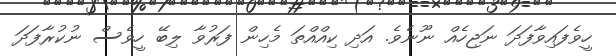
ހީވެފައިވާފަދަ ނަޖިހެއް ނޫނެވެ. އަދި ކިއްއްތަ މެހިން ފަރުވާ ލިބޭ ހީވެސް ނުކުރާފަދަ